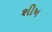
શીખ